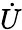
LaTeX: \dot{U}